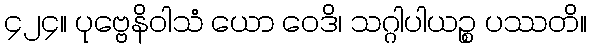
၄၂၄။ ပုဗ္ဗေနိဝါသံ ယော ဝေဒိ၊ သဂ္ဂါပါယဉ္စ ပဿတိ။